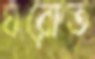
ঘরোত